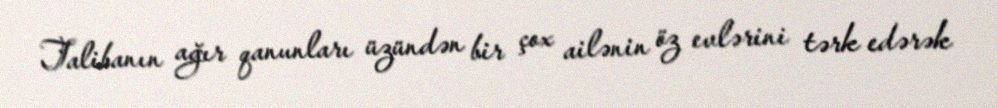
Talibanın ağır qanunları üzündən bir çox ailənin öz evlərini tərk edərək